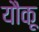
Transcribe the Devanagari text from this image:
यौकू